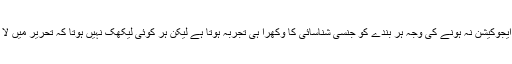
سیکس ایجوکیشن نہ ہونے کی وجہ ہر بندے کو جنسی شناسائی کا وکھرا ہی تجربہ ہوتا ہے لیکن ہر کوئی لیکھک نہیں ہوتا کہ تحریر میں لا سکے ۔